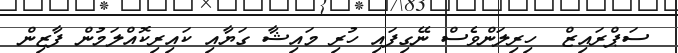
ސަޕްރައިޒް  ހިރިލަންވެސް ނޭގިފައި ހުރި މައިޝާ ގަޔާއި ކައިރިކޮއްލަމުން ފާޒިން